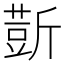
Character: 𰕢